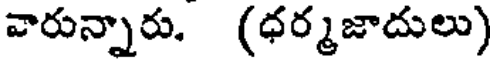
వారున్నారు. (ధర్మజాదులు)